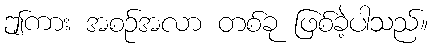
ဤကား အစဉ်အလာ တစ်ခု ဖြစ်ခဲ့ပါသည်။